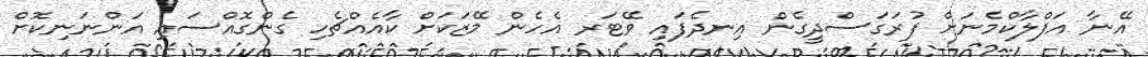
އޭނާ އަފްލާކްމެނަށް ފުރަގަސްދީގެން އިނދެފައި ވޭޓަރ އެހެން މޭޒަކަށް ކާއެއްޗެހި ގެންގޮއްސައި އަންނަނިކޮށް